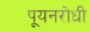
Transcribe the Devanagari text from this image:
पूयनरोधी